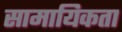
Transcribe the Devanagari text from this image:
सामायिकता